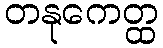
တနုကေတ္ထ